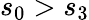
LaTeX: s_{0}>s_{3}